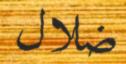
ضلال